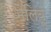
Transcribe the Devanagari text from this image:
मैलिबू